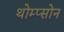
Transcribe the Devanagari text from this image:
थोम्प्सोन